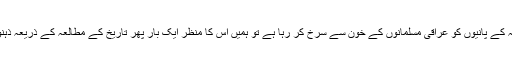
اب ایک اور ہلاکو خان دجلہ کے پانیوں کو عراقی مسلمانوں کے خون سے سرخ کر رہا ہے تو ہمیں اس کا منظر ایک بار پھر تاریخ کے مطالعہ کے ذریعہ ذہنوں میں تازہ کر لینا چاہیے۔